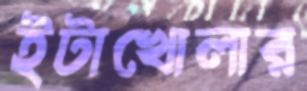
ইটাখোলার